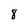
Character: 8